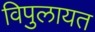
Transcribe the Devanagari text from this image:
विपुलायत